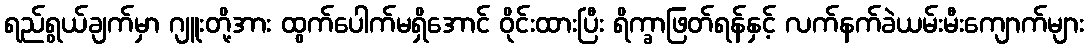
ရည်ရွယ်ချက်မှာ ဂျူးတို့အား ထွက်ပေါက်မရှိအောင် ဝိုင်းထားပြီး ရိက္ခာဖြတ်ရန်နှင့် လက်နက်ခဲယမ်းမီးကျောက်များ